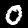
Digit: 0